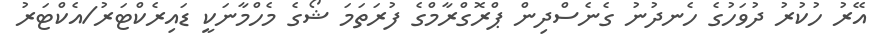
އޭރު ހުކުރު ދުވަހުގެ ހެނދުނު ގެނެސްދިން ޕްރޮގްރާމްގެ ފުރަތަމަ ޝޯގެ މެހްމާނަކީ ޑައިރެކްޓަރު/އެކްޓަރު